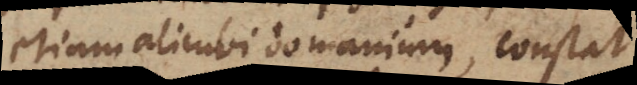
etiam alicubi domanium, constat